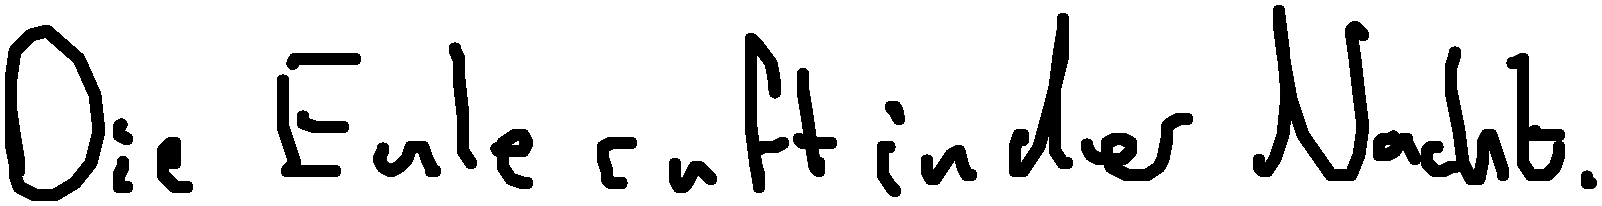
Die Eule ruft in der Nacht.